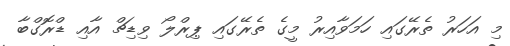
މި އަހަރު ތެރޭގައި ހަމަވާއިރު މީގެ ތެރޭގައި ޕިރްލޯ ވިޑިޗް އާއި ޑްރޮގްބާ